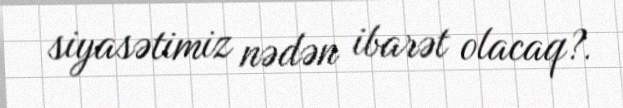
siyasətimiz nədən ibarət olacaq?.